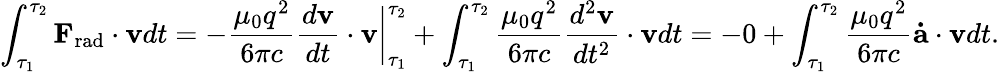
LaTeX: \int_{\tau_{1}}^{\tau_{2}}\mathbf{F}_{\mathrm{rad}}\cdot\mathbf{v}dt=-{\frac{\mu_{0}q^{2}}{6\pi c}}{\frac{d\mathbf{v}}{dt}}\cdot\mathbf{v}{\bigg|}_{\tau_{1}}^{\tau_{2}}+\int_{\tau_{1}}^{\tau_{2}}{\frac{\mu_{0}q^{2}}{6\pi c}}{\frac{d^{2}\mathbf{v}}{dt^{2}}}\cdot\mathbf{v}dt=-0+\int_{\tau_{1}}^{\tau_{2}}{\frac{\mu_{0}q^{2}}{6\pi c}}\mathbf{\dot{a}}\cdot\mathbf{v}dt.